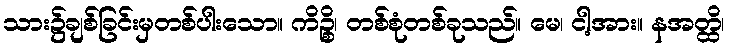
သား၌ချစ်ခြင်းမှတစ်ပါးသော။ ကိဉ္စိ၊ တစ်စုံတစ်ခုသည်။ မေ၊ ငါ့အား။ နအတ္ထိ၊